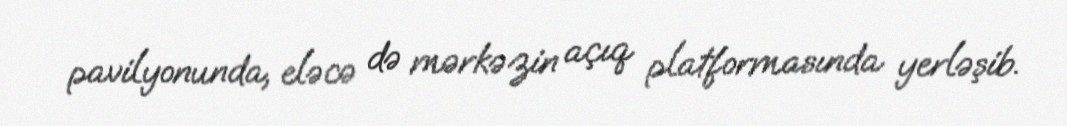
pavilyonunda, eləcə də mərkəzin açıq platformasında yerləşib.